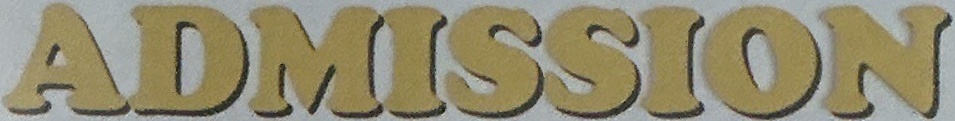
ADMISSION